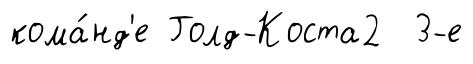
кома́нд'е Голд-Коста2 3-е